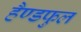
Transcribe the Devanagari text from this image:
हैण्डफुल